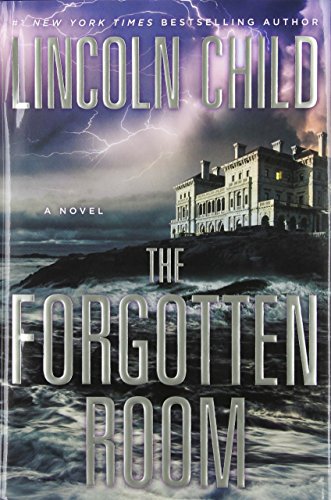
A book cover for The Forgotten Room: A Novel; Lincoln Child; Mystery, Thriller & Suspense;